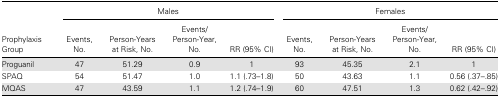
| <ROWSPAN=2> Prophylaxis Group | <COLSPAN=4> Males | <COLSPAN=4> Females |
 | Events, No. | Person-Years at Risk, No. | Events/Person-Year, No. | RR (95% CI) | Events, No. | Person-Years at Risk, No. | Events/Person-Year, No. | RR (95% CI) |
 | --- | --- | --- | --- | --- | --- | --- | --- | --- |
 | Proguanil | 47 | 51.29 | 0.9 | 1 | 93 | 45.35 | 2.1 | 1 |
 | SPAQ | 54 | 51.47 | 1.0 | 1.1 (.73–1.8) | 50 | 43.63 | 1.1 | 0.56 (.37–.85) |
 | MQAS | 47 | 43.59 | 1.1 | 1.2 (.74–1.9) | 60 | 47.51 | 1.3 | 0.62 (.42–.92) |